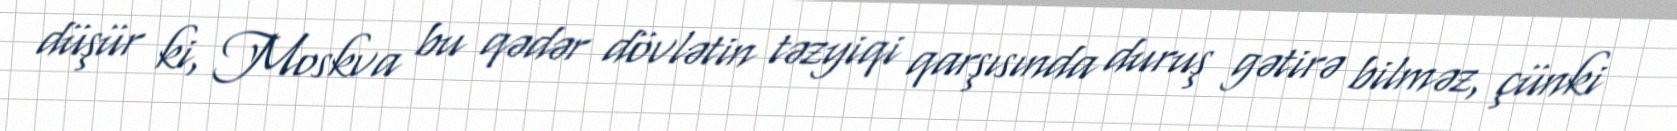
düşür ki, Moskva bu qədər dövlətin təzyiqi qarşısında duruş gətirə bilməz, çünki